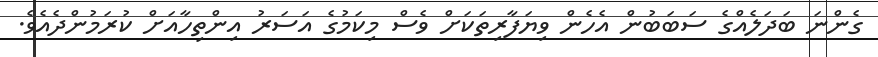
ގެންނަ ބަދަލެއްގެ ސަބަބުން އެހެން ވިޔަފާރިތަކަށް ވެސް މިކަމުގެ އަސަރު އިންތިހާއަށް ކުރަމުންދެއެވެ.